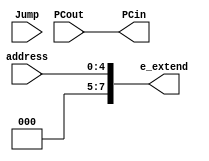
`timescale 1ns / 1ps
module Increment(PCout, PCin, address, e_extend, Jump);

	input [7:0] PCout;	
	output reg [7:0] PCin;
	
	input Jump;
	output reg [7:0] e_extend;
	input  [4:0] address;
	
	always @(address) begin
		e_extend[7:0] = address[4:0];
	end
	
	always @(*) begin
	   PCin = PCout;
	end
endmodule